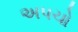
અપચો